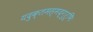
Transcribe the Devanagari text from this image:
यदुक्तमस्मद्गुरूभिः